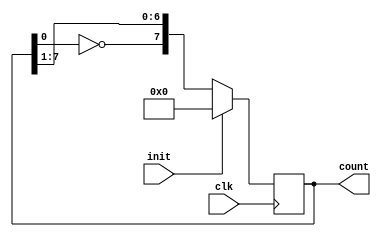
module johnsonCounter (clk, init, count);
parameter N = 7;
input clk, init;
output reg [N:0] count;
always @(posedge clk)
begin
if(init)
count <= 8'b0000;
else
begin
count <= {~count[0],count[N:1]};
end
end
endmodule